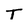
Character: T